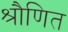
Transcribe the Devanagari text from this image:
श्रौणित